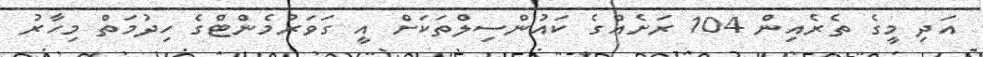
އަދި މީގެ ތެރެއިން 104 ރަށެއްގެ ކައުންސިލްތަކަށް އީ ގަވަރުމެންޓްގެ ހިދުމަތް މިހާރު